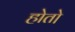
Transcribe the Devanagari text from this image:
होतो़